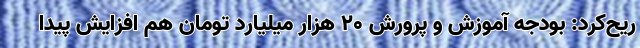
ریح‌کرد: بودجه آموزش و پرورش 20 هزار میلیارد تومان هم افزایش پیدا